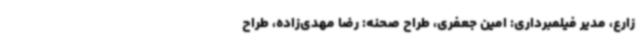
زارع، مدیر فیلمبرداری: امین جعفری، طراح صحنه: رضا مهدی‌زاده، طراح